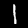
Label: 1